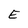
Character: E